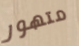
متهور